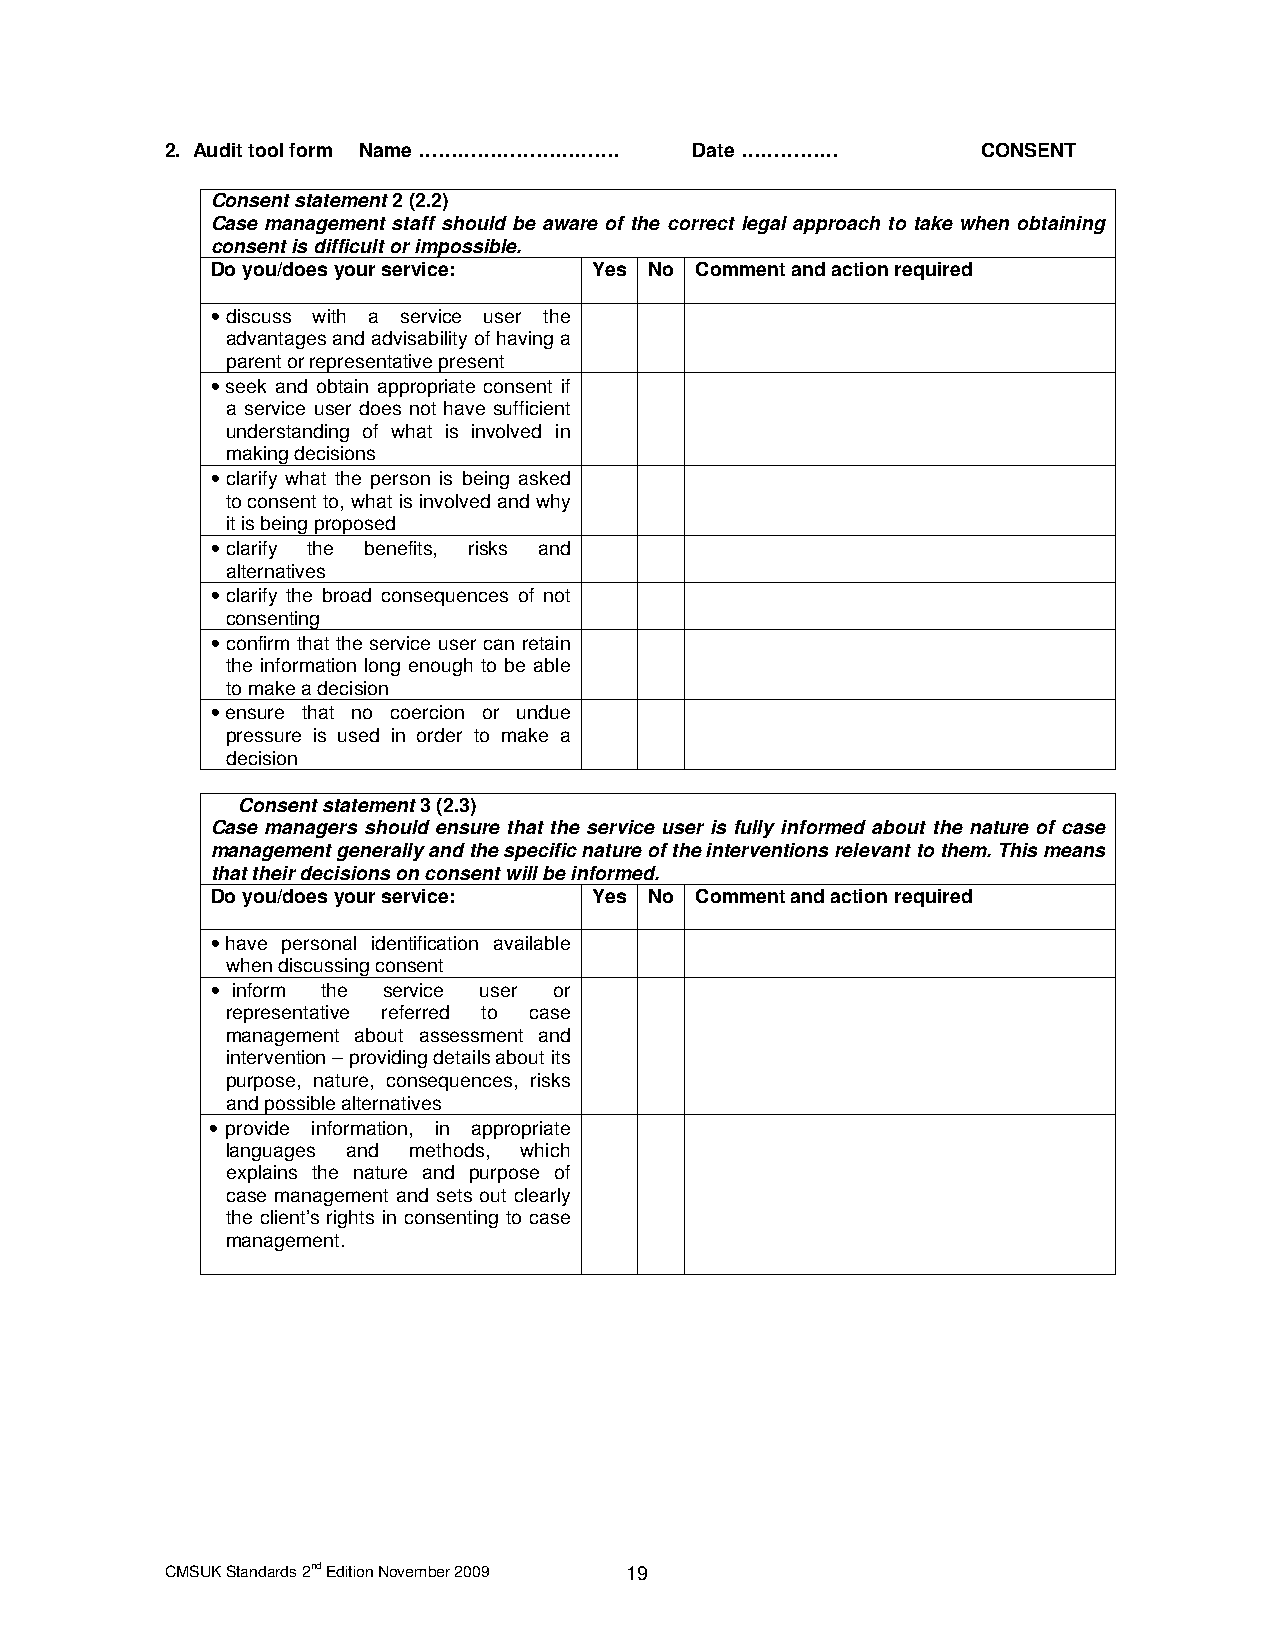
2. Audit tool form Name …………………………. Date ……………        CONSENT
 Consent statement 2 (2.2)
 Case management staff should be aware of the correct legal approach to take when obtaining
 consent is difficult or impossible.
 Do you/does your service: Yes No Comment and action required
 • discuss with a service user the
 advantages and advisability of having a
 parent or representative present
 • seek and obtain appropriate consent if
 a service user does not have sufficient
 understanding of what is involved in
 making decisions
 • clarify what the person is being asked
 to consent to, what is involved and why
 it is being proposed
 • clarify the benefits, risks and
 alternatives
 • clarify the broad consequences of not
 consenting
 • confirm that the service user can retain
 the information long enough to be able
 to make a decision
 • ensure that no coercion or undue
 pressure is used in order to make a
 decision
 Consent statement 3 (2.3)
 Case managers should ensure that the service user is fully informed about the nature of case
 management generally and the specific nature of the interventions relevant to them. This means
 that their decisions on consent will be informed.
 Do you/does your service: Yes No Comment and action required
 • have personal identification available
 when discussing consent
 • inform the service user or
 representative referred to case
 management about assessment and
 intervention – providing details about its
 purpose, nature, consequences, risks
 and possible alternatives
 • provide information, in appropriate
 languages and methods, which
 explains the nature and purpose of
 case management and sets out clearly
 the client’s rights in consenting to case
 management.
 CMSUK Standards 2nd Edition November 2009 19